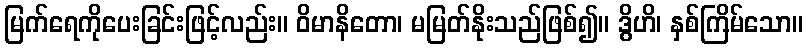
မြက်ရေကိုပေးခြင်းဖြင့်လည်း။ ဝိမာနိတော၊ မမြတ်နိုးသည်ဖြစ်၍။ ဒွိဟိ၊ နှစ်ကြိမ်သော။